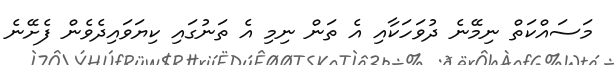
މަސައްކަތް ނިމޭނެ ދުވަހަކާއި އެ ތަން ނިމި އެ ތަނުގައި ކިޔަވައިދެވެން ފެށޭނެ